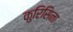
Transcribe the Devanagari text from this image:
कुरिसिना